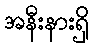
အနီးနားရှိ